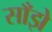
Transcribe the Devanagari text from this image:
साँझे